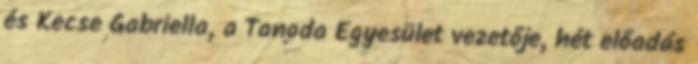
és Kecse Gabriella, a Tanoda Egyesület vezetője, hét előadás